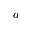
a